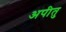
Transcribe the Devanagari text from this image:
अपीतु